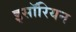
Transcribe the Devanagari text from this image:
इसॉरियन